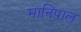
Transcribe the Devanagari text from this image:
मानिपाल